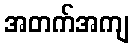
အတက်အကျ